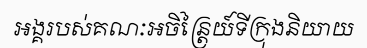
អង្គរបស់គណៈអចិន្ត្រៃយ៍ទីក្រុងនិយាយ